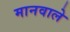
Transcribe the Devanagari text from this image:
मानवाले